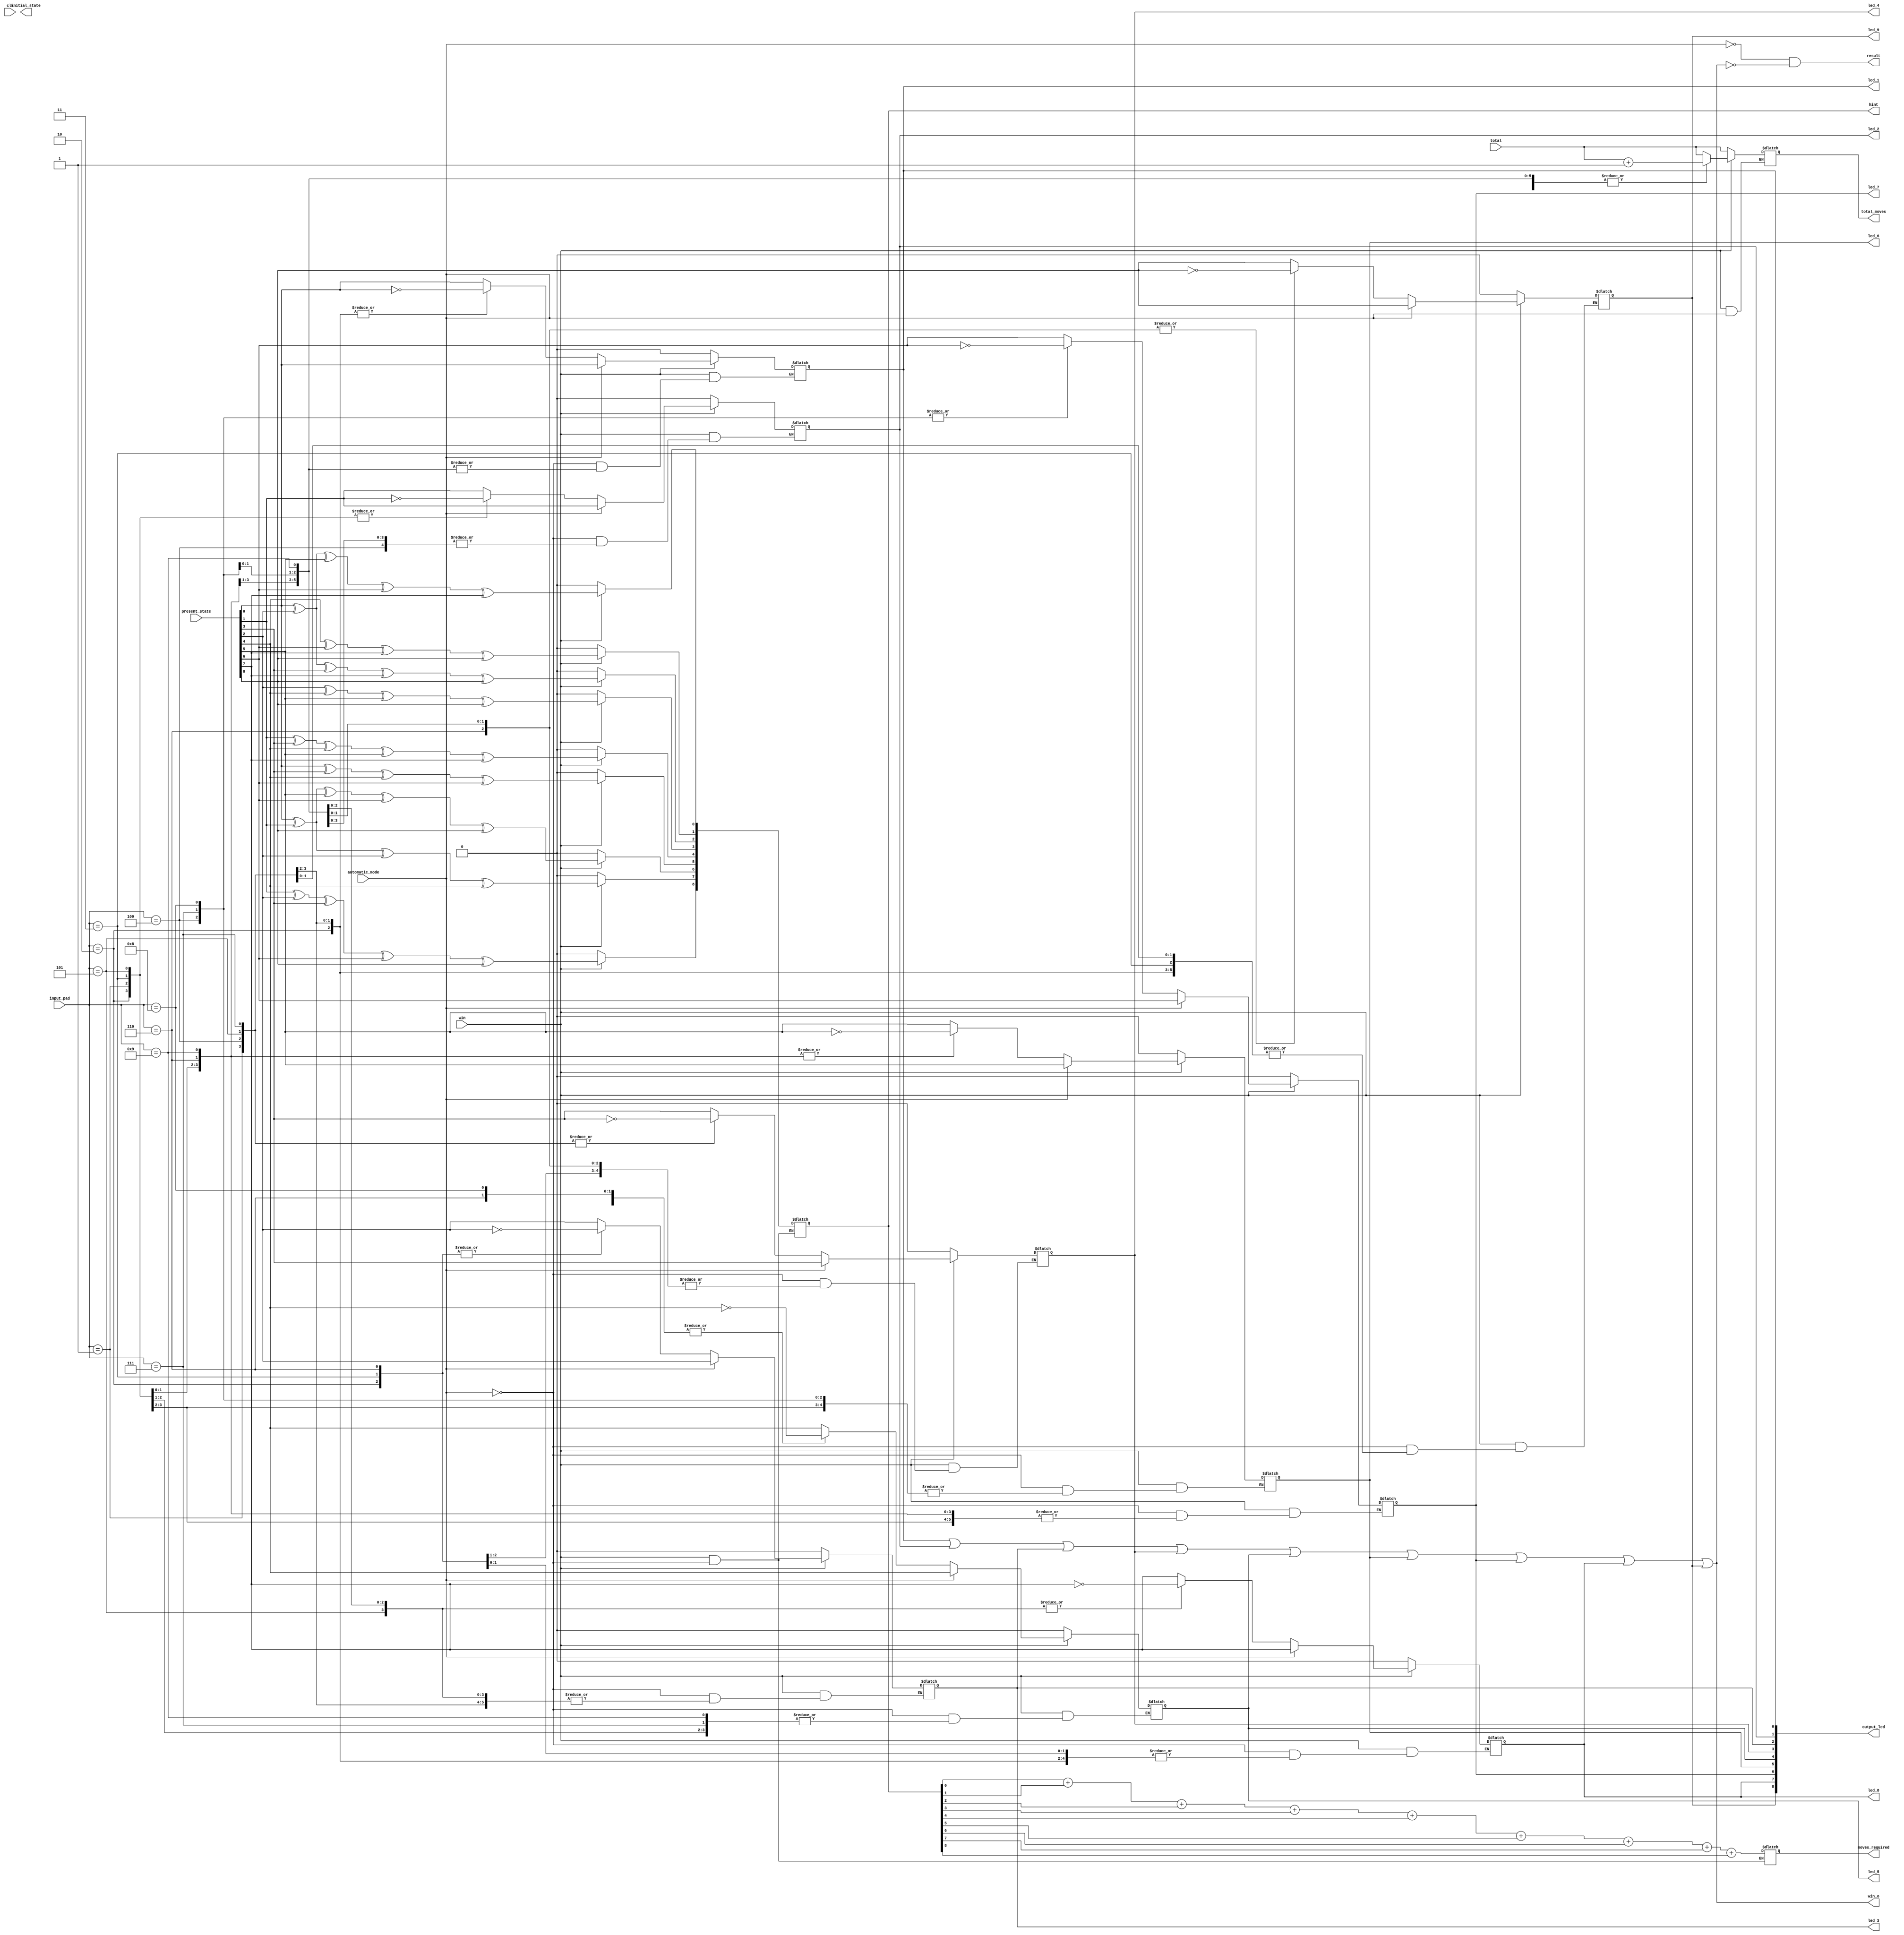
/*Title of Mini Project:-LIGHTS OUT GAME
 
  Abstract             :-In Lights Out Game,the Gamer asked to make all the LED'S(3*3) to low for a given set of initial HIGH LED'S under the Game rules
  Functionalities      :-Total Moves Counting
                         Automatic Solution Generator
                         Solution Storer
                         Required No of Moves to win Calucalator When Automatic Mode is ON
*/
						 
//===============================================================================================================================
//Verilog:-- BEHAVIORAL MODELLING 
//===============================================================================================================================

module VerilogBehavioral(input_pad,present_state,automatic_mode,output_led,hint,led_1,led_2,led_3,led_4,led_5,led_6,led_7,led_8,led_9,total_moves,total,moves_required,initial_state,clk,win,win_o,result);//,hint_out);

input [31:0] input_pad;         //Corresponds to BUTTON pressed in INPUT PAD
input [8:0] present_state;      //Present OUTPUT of the 9 LED'S
input automatic_mode;           //To go into the Automatic mode
input[31:0] total;              //Used in TOTAL MOVES calucalation
output reg  [8:0] hint;         //STORES the SOLUTION to the present state of LED'S
output reg [31:0]total_moves;   //TOTAL MOVES taken by GAMER
output led_1,led_2,led_3,led_4,led_5,led_6,led_7,led_8,led_9;//Corresponds to 9 LED'S 
output reg [8:0] output_led;    // NEXT STATE of LED'S 
output reg [3:0] moves_required;//MINIMUM NO of moves required to win for a given STATE of LED'S
input  win;                     // IF win==0 gamer WON the game ELSE still playing
output win_o;                   //Used in WIN condtion calucalation
input clk;
output result;                  //For WIN condtion DISPLAY purpose
output [8:0] initial_state;     // INITIAL state of LED'S
always @ (*)
  
  
 if(!win)
		  begin
		   
		    output_led[0]=0;
		    output_led[1]=0;
		    output_led[2]=0;
		    output_led[3]=0;
		    output_led[4]=0;
		    output_led[5]=0;
		    output_led[6]=0;
		    output_led[7]=0;
		    output_led[8]=0;
			total_moves<=total;
			hint <= 9'b0;
			moves_required <= hint[0]+hint[1]+hint[2]+hint[3]+hint[4]+hint[5]+hint[6]+hint[7]+hint[8];
			end
			
  else if(!automatic_mode)
	begin
	    
		 total_moves <= total+1;
	   case(input_pad)
        
        1 : begin output_led[0]<=~present_state[0];
		          output_led[1]<=~present_state[1];
				  output_led[3]<=~present_state[3];
		    end
	    2 : begin output_led[1]<=~present_state[1];
		          output_led[0]<=~present_state[0];
				  output_led[2]<=~present_state[2];
				  output_led[4]<=~present_state[4];
		    end
		3 : begin output_led[2]<=~present_state[2];
		          output_led[1]<=~present_state[1];
				  output_led[5]<=~present_state[5];
		    end
		4 : begin output_led[3]<=~present_state[3];
		          output_led[0]<=~present_state[0];
				  output_led[4]<=~present_state[4];
				  output_led[6]<=~present_state[6];
		    end
		5 : begin output_led[4]<=~present_state[4];
		          output_led[1]<=~present_state[1];
				  output_led[7]<=~present_state[7];
				  output_led[3]<=~present_state[3];
				  output_led[5]<=~present_state[5];
		    end
		6 : begin output_led[5]<=~present_state[5];
		          output_led[4]<=~present_state[4];
				  output_led[2]<=~present_state[2];
				  output_led[8]<=~present_state[8];
		    end
		7 : begin output_led[6]<=~present_state[6];
		          output_led[3]<=~present_state[3];
				  output_led[7]<=~present_state[7];
		    end
		8 : begin output_led[7]<=~present_state[7];
		          output_led[4]<=~present_state[4];
				  output_led[6]<=~present_state[6];
				  output_led[8]<=~present_state[8];
		    end
		9 : begin output_led[8] <=~present_state[8];
		          output_led[7] <=~present_state[7];
				  output_led[5] <=~present_state[5];
		    end
		default: begin output_led <= present_state;
		               total_moves <= total;
			     end
       endcase
	
	end

	else  if(automatic_mode)
	   begin
	      hint[0]<=present_state[0]^present_state[2]^present_state[5]^present_state[6]^present_state[7];
	      hint[1]<=present_state[4]^present_state[6]^present_state[7]^present_state[8];
	      hint[2]<=present_state[0]^present_state[2]^present_state[3]^present_state[7]^present_state[8];
	      hint[3]<=present_state[2]^present_state[4]^present_state[5]^present_state[8];
	      hint[4]<=present_state[1]^present_state[3]^present_state[4]^present_state[5]^present_state[7];
	      hint[5]<=present_state[0]^present_state[3]^present_state[4]^present_state[6];
	      hint[6]<=present_state[0]^present_state[1]^present_state[5]^present_state[6]^present_state[8];
	      hint[7]<=present_state[0]^present_state[1]^present_state[2]^present_state[4];
	      hint[8]<=present_state[1]^present_state[2]^present_state[3]^present_state[6]^present_state[8];
		  
		  moves_required <= hint[0]+hint[1]+hint[2]+hint[3]+hint[4]+hint[5]+hint[6]+hint[7]+hint[8];
		  output_led <= present_state;
	   end 

	    assign led_1 = output_led[0];
		assign led_2 = output_led[1];
		assign led_3 = output_led[2];
	 	assign led_4 = output_led[3];
	 	assign led_5 = output_led[4];
		assign led_6 = output_led[5];
		assign led_7 = output_led[6];
		assign led_8 = output_led[7];
		assign led_9 = output_led[8];
		assign win_o= output_led[0]| output_led[1]| output_led[2]|output_led[3]| output_led[4]|output_led[5]|output_led[6]| output_led[7]| output_led[8]|0;
        assign result= ~automatic_mode&~(win_o);
endmodule